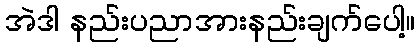
အဲဒါ နည်းပညာအားနည်းချက်ပေါ့။